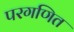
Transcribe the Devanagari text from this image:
परगणित